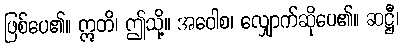
ဖြစ်ပေ၏။ ဣတိ၊ ဤသို့။ အဝေါစ၊ လျှောက်ဆိုပေ၏။ ဆဋ္ဌီ၊